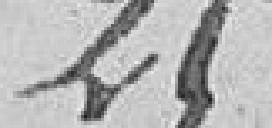
25